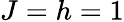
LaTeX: J=h=1